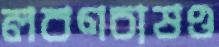
লবণচাষও